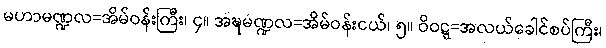
မဟာမဏ္ဍလ=အိမ်ဝန်းကြီး၊ ၄။ အဍ္ဎမဏ္ဍလ=အိမ်ဝန်းငယ်၊ ၅။ ဝိဝဋ္ဋ=အလယ်ခေါင်စပ်ကြီး၊